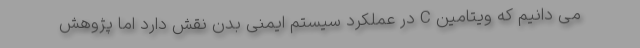
می دانیم که ویتامین C در عملکرد سیستم ایمنی بدن نقش دارد اما پژوهش